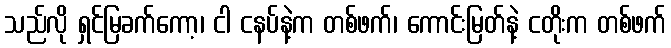
သည်လို ရှင်မြခက်ကော့၊ ငါ ငနပ်နဲ့က တစ်ဖက်၊ ကောင်းမြတ်နဲ့ ငတိုးက တစ်ဖက်